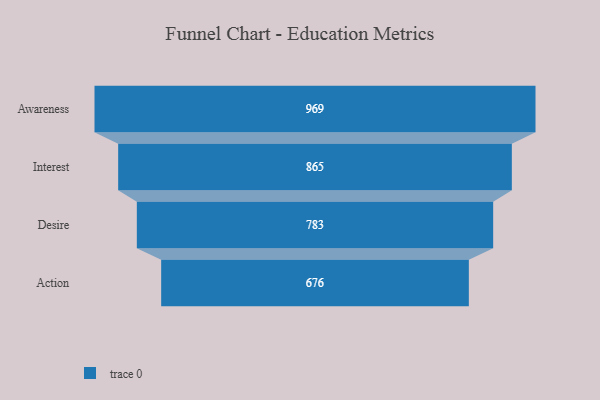
{"axis": {"x": "Stage", "y": "Value"}, "legend": [""], "data": [{"x": "Awareness", "y": 969.0, "type": ""}, {"x": "Interest", "y": 865.0, "type": ""}, {"x": "Desire", "y": 783.0, "type": ""}, {"x": "Action", "y": 676.0, "type": ""}]}